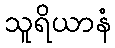
သူရိယာနံ